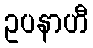
ဥပနာဟီ